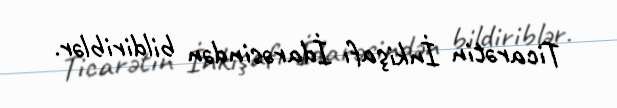
Ticarətin İnkişafı İdarəsindən bildiriblər.